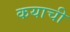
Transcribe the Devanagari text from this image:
कयाची